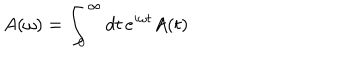
A ( \omega ) = \int _ { 0 } ^ { \infty } d t \, e ^ { i \omega t } A ( t )